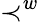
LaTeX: \prec^{w}